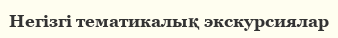
Негізгі тематикалық экскурсиялар